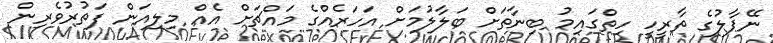
ނޭޕާލުގެ ތާރީހީ ހިތްގައިމު ބިނާތަށް ބަލާލުމަށް އަހަރެއްގެ މައްޗަށް އެއް މިލިއަން ފަތުރުވެރިން